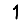
Digit: 1